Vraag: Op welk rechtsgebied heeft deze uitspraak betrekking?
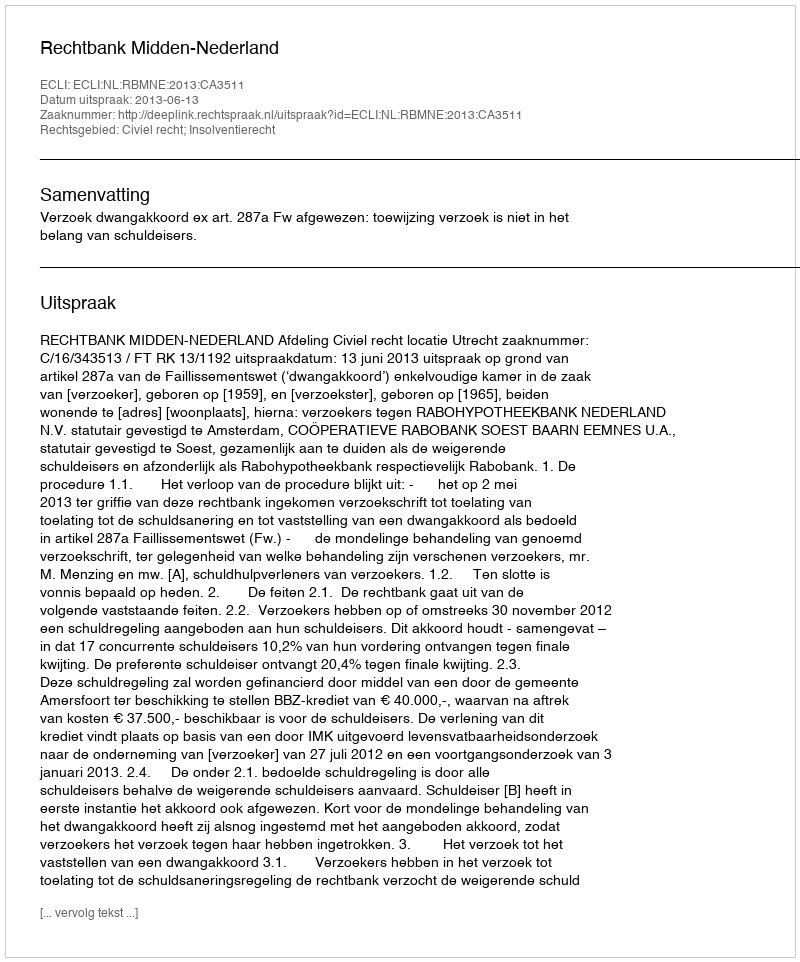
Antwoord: Civiel recht; Insolventierecht